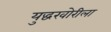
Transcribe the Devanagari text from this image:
युद्धखोरीला